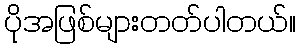
ပိုအဖြစ်များတတ်ပါတယ်။